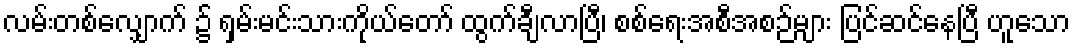
လမ်းတစ်လျှောက် ၌ ရှမ်းမင်းသားကိုယ်တော် ထွက်ချီလာပြီ၊ စစ်ရေးအစီအစဉ်များ ပြင်ဆင်နေပြီ ဟူသော